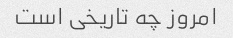
امروز چه تاریخی است